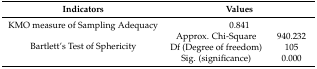
<table><thead><tr><td><b>Indicators</b></td><td colspan="2"><b>Values</b></td></tr></thead><tbody><tr><td>KMO measure of Sampling Adequacy</td><td colspan="2">0.841</td></tr><tr><td rowspan="3">Bartlett’s Test of Sphericity</td><td>Approx. Chi-Square</td><td>940.232</td></tr><tr><td>Df (Degree of freedom)</td><td>105</td></tr><tr><td>Sig. (significance)</td><td>0.000</td></tr></tbody></table>